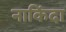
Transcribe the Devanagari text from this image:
नाकिंदा